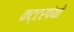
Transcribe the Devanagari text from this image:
कट्टरपंथो